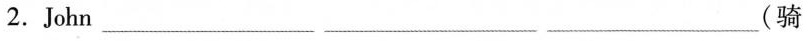
2.John___ ___ ___(骑